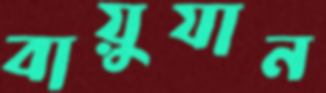
বায়ুযান